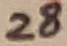
Text: 28